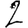
Digit: 2